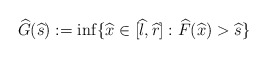
\begin{align*}\widehat{G}(\widehat s):=\inf\{\widehat{x}\in [\widehat{l},\widehat{r}]: \widehat{F}(\widehat{x})>\widehat s\}\end{align*}